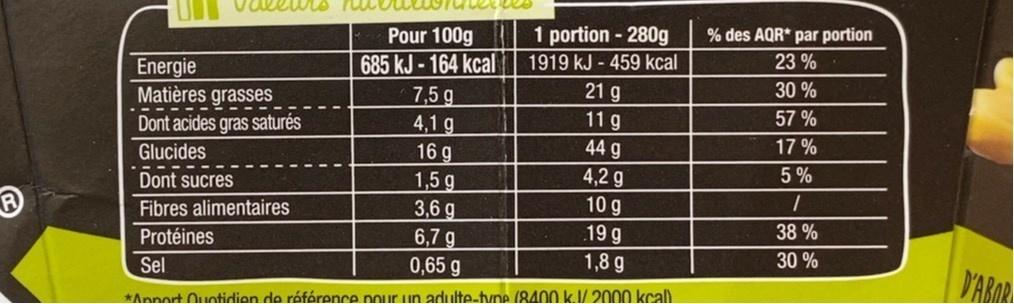
Pour 100g
1 portion - 280g
% des AQR* par portion
685 kJ-164 kcal 7,5 g 4,1 g 16 g 1,5 g 3,6 g 6,7 g 0,65 g
1919 kJ - 459 kcal
23 %
Energie Matières grasses Dont acides gras saturés
21 g
30 %
11 g
57 %
Glucides
44 g
17 %
5%
4,2 g 10 g
Dont sucres
Fibres alimentaires
19 g 1,8 g
Protéines
38 %
Sel
30 %
D'ABAR
*Annort Ouotidion de référence pour un adulte-tvne (8400 k.J/ 2000 kcal)